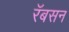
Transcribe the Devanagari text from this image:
रॅबसन